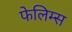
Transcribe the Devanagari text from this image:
फेलिम्स